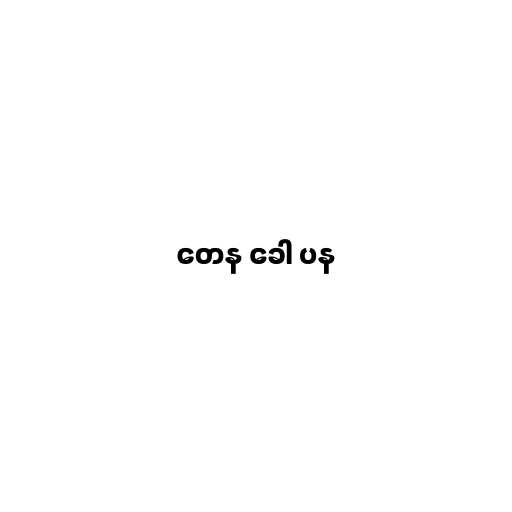
တေန ခေါ ပန